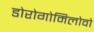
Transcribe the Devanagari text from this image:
डोरोगोमिलोवो